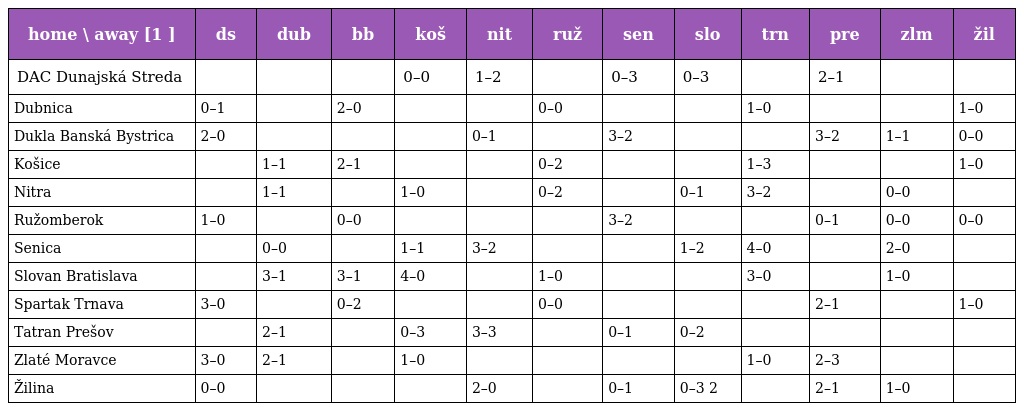
| home \ away [1 ] | ds | dub | bb | koš | nit | ruž | sen | slo | trn | pre | zlm | žil |
 | --- | --- | --- | --- | --- | --- | --- | --- | --- | --- | --- | --- | --- |
 | DAC Dunajská Streda |  |  |  | 0–0 | 1–2 |  | 0–3 | 0–3 |  | 2–1 |  |  |
 | Dubnica | 0–1 |  | 2–0 |  |  | 0–0 |  |  | 1–0 |  |  | 1–0 |
 | Dukla Banská Bystrica | 2–0 |  |  |  | 0–1 |  | 3–2 |  |  | 3–2 | 1–1 | 0–0 |
 | Košice |  | 1–1 | 2–1 |  |  | 0–2 |  |  | 1–3 |  |  | 1–0 |
 | Nitra |  | 1–1 |  | 1–0 |  | 0–2 |  | 0–1 | 3–2 |  | 0–0 |  |
 | Ružomberok | 1–0 |  | 0–0 |  |  |  | 3–2 |  |  | 0–1 | 0–0 | 0–0 |
 | Senica |  | 0–0 |  | 1–1 | 3–2 |  |  | 1–2 | 4–0 |  | 2–0 |  |
 | Slovan Bratislava |  | 3–1 | 3–1 | 4–0 |  | 1–0 |  |  | 3–0 |  | 1–0 |  |
 | Spartak Trnava | 3–0 |  | 0–2 |  |  | 0–0 |  |  |  | 2–1 |  | 1–0 |
 | Tatran Prešov |  | 2–1 |  | 0–3 | 3–3 |  | 0–1 | 0–2 |  |  |  |  |
 | Zlaté Moravce | 3–0 | 2–1 |  | 1–0 |  |  |  |  | 1–0 | 2–3 |  |  |
 | Žilina | 0–0 |  |  |  | 2–0 |  | 0–1 | 0–3 2 |  | 2–1 | 1–0 |  |